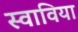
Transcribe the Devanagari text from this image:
स्वाविया